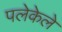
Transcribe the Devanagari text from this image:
पलेकेले